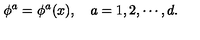
\phi ^ { a } = \phi ^ { a } ( x ) , \quad a = 1 , 2 , \cdots , d .